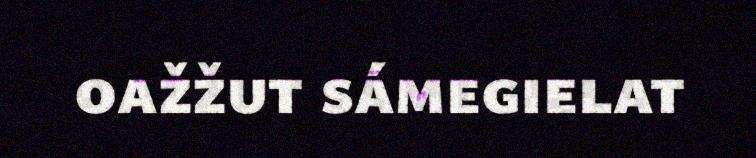
oažžut sámegielat